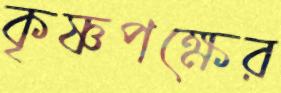
কৃষ্ণপক্ষের